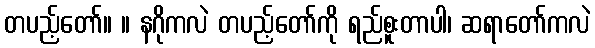
တပည့်တော်။ ။ နဂိုကလဲ တပည့်တော်ကို ရည်စူးတာပါ၊ ဆရာတော်ကလဲ